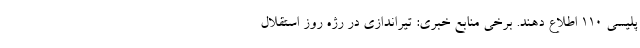
پلیسی ۱۱۰ اطلاع دهند. برخی منابع خبری: تیراندازی در رژه روز استقلال